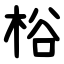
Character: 㭲